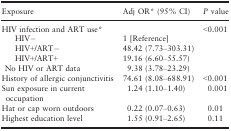
<table><thead><tr><td><b>Exposure</b></td><td><b>Adj ORa (95% CI)</b></td><td><b><i>P</i> value</b></td></tr></thead><tbody><tr><td>HIV infection and ART usea</td><td></td><td>&lt;0.001</td></tr><tr><td>HIV−</td><td>1 [Reference]</td><td></td></tr><tr><td>HIV+/ART−</td><td>48.42 (7.73–303.31)</td><td></td></tr><tr><td>HIV+/ART+</td><td>19.16 (6.60–55.57)</td><td></td></tr><tr><td>No HIV or ART data</td><td>9.38 (3.78–23.29)</td><td></td></tr><tr><td>History of allergic conjunctivitis</td><td>74.61 (8.08–688.91)</td><td>&lt;0.001</td></tr><tr><td>Sun exposure in current occupation</td><td>1.24 (1.10–1.40)</td><td>0.001</td></tr><tr><td>Hat or cap worn outdoors</td><td>0.22 (0.07–0.63)</td><td>0.01</td></tr><tr><td>Highest education level</td><td>1.55 (0.91–2.65)</td><td>0.11</td></tr></tbody></table>